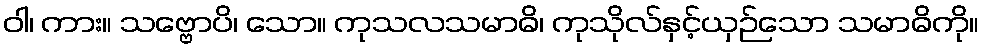
ဝါ၊ ကား။ သဗ္ဗောပိ၊ သော။ ကုသလသမာဓိ၊ ကုသိုလ်နှင့်ယှဉ်သော သမာဓိကို။